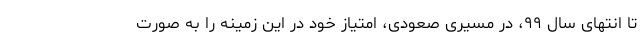
تا انتهای سال ۹۹، در مسیری صعودی، امتیاز خود در این زمینه را به صورت